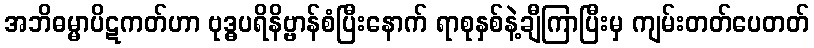
အဘိဓမ္မာပိဋကတ်ဟာ ဗုဒ္ဓပရိနိဗ္ဗာန်စံပြီးနောက် ရာစုနှစ်နဲ့ချီကြာပြီးမှ ကျမ်းတတ်ပေတတ်